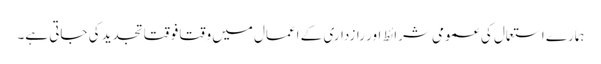
ہمارے استعمال کی عمومی شرائط اور رازداری کے اعمال میں وقتا فوقتا تجدید کی جاتی ہے۔